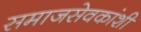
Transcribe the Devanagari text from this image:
समाजसेवकांशी